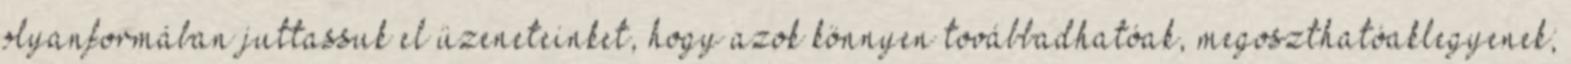
olyanformában juttassuk el üzeneteinket, hogy azok könnyen továbbadhatóak, megoszthatóaklegyenek;